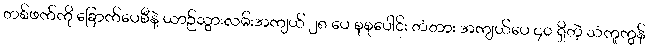
တစ်ဖက်ကို ခြောက်ပေစီနဲ့ ယာဉ်သွားလမ်းအကျယ် ၂၈ ပေ စုစုပေါင်း တံတား အကျယ်ပေ ၄၀ ရှိတဲ့ သံကူကွန်